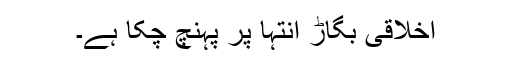
اخلاقی بگاڑ انتہا پر پہنچ چکا ہے۔